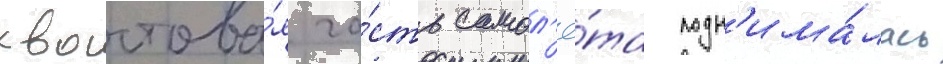
хвостова́я ча́сть самол'ё́та подн'има́лась